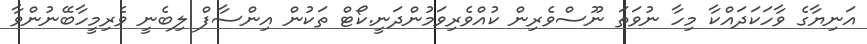
އަނިޔާގެ ވާހަކަދައްކާ މިހާ ނުވަތަ ނޫސްވެރިން ކުއްވެރިވަމުންދަނީ.ކޯޓް ތަކުން އިންސާފް ލިބެނީ ވެރިމީހާބޭނުންވާ